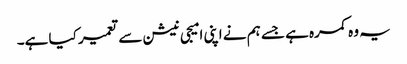
یہ وہ کمرہ ہے جسے ہم نے اپنی امیجی نیشن سے تعمیر کیا ہے۔